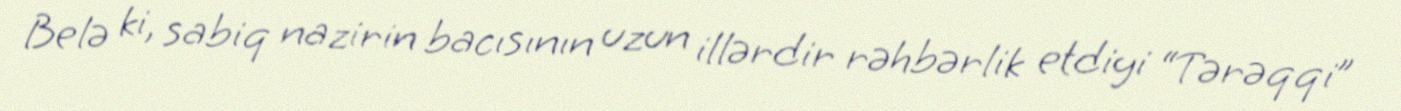
Belə ki, sabiq nazirin bacısının uzun illərdir rəhbərlik etdiyi “Tərəqqi”